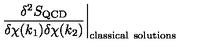
\frac { \delta ^ { 2 } S _ { \mathrm { Q C D } } } { \delta \chi ( k _ { 1 } ) \delta \chi ( k _ { 2 } ) } \biggr | _ { \mathrm { c l a s s i c a l \ s o l u t i o n s } }